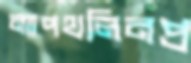
ন্যাপথলিনপ্র